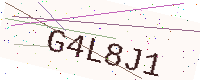
Text: G4L8J1